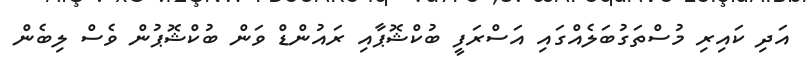
އަދި ކައިރި މުސްތަގުބަލެއްގައި އަސްރަފީ ބުކްޝޮޕާއި ރައުންޑް ވަން ބުކްޝޮޕުން ވެސް ލިބެން